Civil Veterinary Department. United Provinces 1923-31 - 1923-1931
Year: 1923
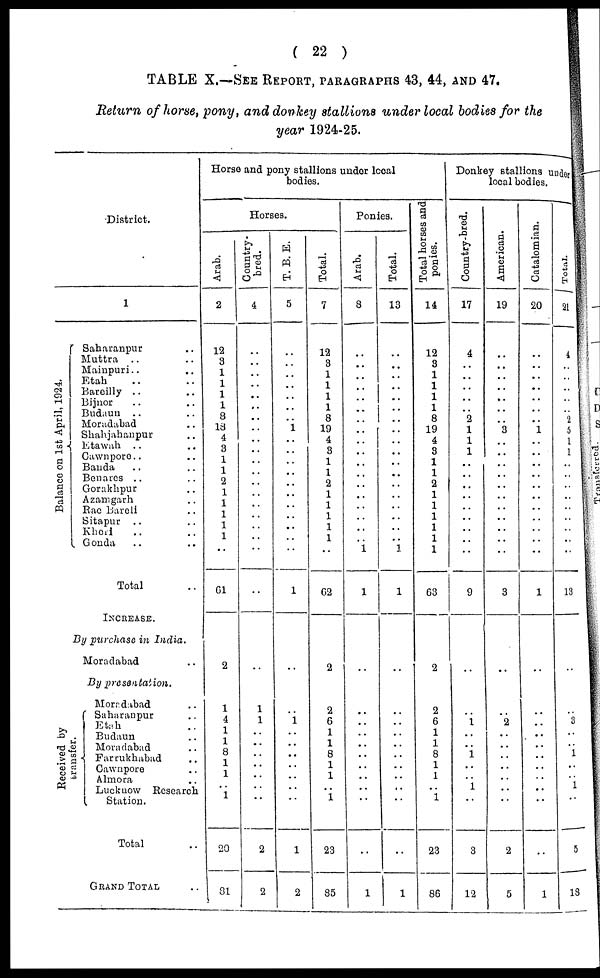
( 22 )
TABLE X.—SEE REPORT, PARAGRAPHS 43, 44, AND 47,
Return of horse, pony, and donkey stallions under local bodies for the
year 1924-25.
District.
1
Balance on 1st April, 1924.
Saharanpur ..
Muttra .. ..
Mainpuri.. ..
Etah .. ..
Bareilly .. ..
Bijnor .. ..
Budaun .. ..
Moradabad ..
Shahjahanpur ..
Etawah .. ..
Cawnpore.. ..
Banda .. ..
Benares .. ..
Gorakhpur ..
Azamgarh ..
Rae Bareli ..
Sitapur .. ..
Kheri .. ..
Gonda .. ..
Total ..
INCREASE.
By purchase in India.
Moradabad ..
By presentation.
Received by
Moradabad ..
Saharanpur ..
Etah ..
Budaun ..
Moradabad ..
Farrukhabad ..
Cawnpore ..
Almora ..
Luckuow Research
Station.
Total ..
GRAND TOTAL ..
Horse and pony stallions under local
Horses.
Arab.
2
12
3
1
1
1
1
8
13
4
3
1
1
2
1
1
1
1
1
..
61
2
1
4
1
1
8
1
1
.. 1
20
31
Country-
bred.
4
..
..
..
..
..
..
..
..
..
..
..
..
..
..
..
..
..
..
..
..
..
1
1
..
..
..
..
..
.. ..
2
2
T. B. E.
5
..
..
..
..
..
..
..
1
..
..
..
..
..
..
..
..
..
..
..
1
..
..
1
..
..
..
..
..
.. ..
1
2
Total.
7
12
3
1
1
1
1
8
19
4
3
1
1
2
1
1
1
1
1
..
62
2
2
6
1
..
..
1
1
..
1
23
85
Ponies.
Arab.
8
..
..
..
..
..
..
..
..
..
..
..
..
..
..
..
..
..
..
1
1
..
..
..
..
..
..
..
..
.. ..
..
1
Total.
13
..
..
..
..
..
..
..
..
..
..
..
.. ..
..
..
..
..
1
1
..
..
..
..
..
..
..
..
.. ..
..
1
Total horses and
ponies.
14
12
3
1
1
1
1
8
19
4
3
1
1
2
1
1
1
1
1
1
63
2
2
6
1
..
..
1
1
..
1
23
86
Donkey stallions under
Country-bred.
17
4
..
..
..
..
..
2
1
1
1
..
..
..
..
..
..
..
..
..
9
..
..
1
..
..
..
..
..
1 ..
3
12
American.
19
..
..
..
..
..
..
..
3
..
..
..
..
..
..
..
..
..
..
..
3
..
..
2
..
..
..
..
..
.. ..
2
5
Catalomian.
20
..
..
..
..
..
..
..
1
..
..
..
..
..
..
..
..
..
..
..
1
..
..
..
..
..
..
..
..
.. ..
..
1
Total.
21
4
..
..
..
..
..
2
5
1
1
..
..
..
..
..
..
..
..
..
13
..
..
3
..
.. 1
..
..
1
..
5
18